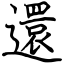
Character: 還